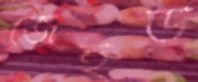
জেইউ